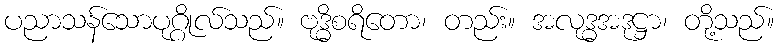
ပညာသန်သောပုဂ္ဂိုလ်သည်။ ဗုဒ္ဓိစရိတော၊ တည်း။ အလုဒ္ဓအဒုဋ္ဌာ၊ တို့သည်။